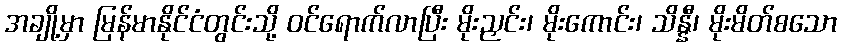
အချို့မှာ မြန်မာနိုင်ငံတွင်းသို့ ဝင်ရောက်လာပြီး မိုးညှင်း၊ မိုးကောင်း၊ သိန္နီ၊ မိုးမိတ်စသော